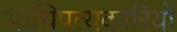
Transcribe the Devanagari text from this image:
आधिपत्यकारियों